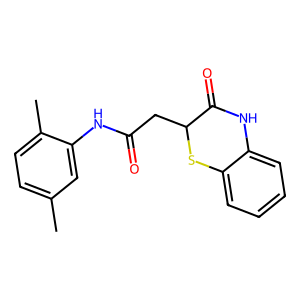
SMILES: Cc1ccc(C)c(NC(=O)CC2Sc3ccccc3NC2=O)c1
Inhibits HIV replication: No